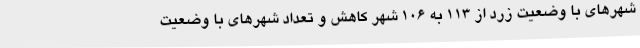
شهرهای با وضعیت زرد از ۱۱۳ به ۱۰۶ شهر کاهش و تعداد شهرهای با وضعیت